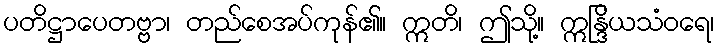
ပတိဋ္ဌာပေတဗ္ဗာ၊ တည်စေအပ်ကုန်၏။ ဣတိ၊ ဤသို့။ ဣန္ဒြိယသံဝရေ၊